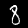
Digit: 8